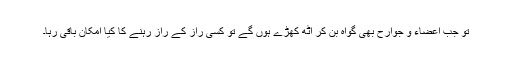
تو جب اعضاء و جوارح بھی گواہ بن کر اٹھ کھڑے ہوں گے تو کسی راز کے راز رہنے کا کیا امکان باقی رہا۔